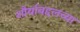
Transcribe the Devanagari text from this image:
शौर्याबद्दलच्या